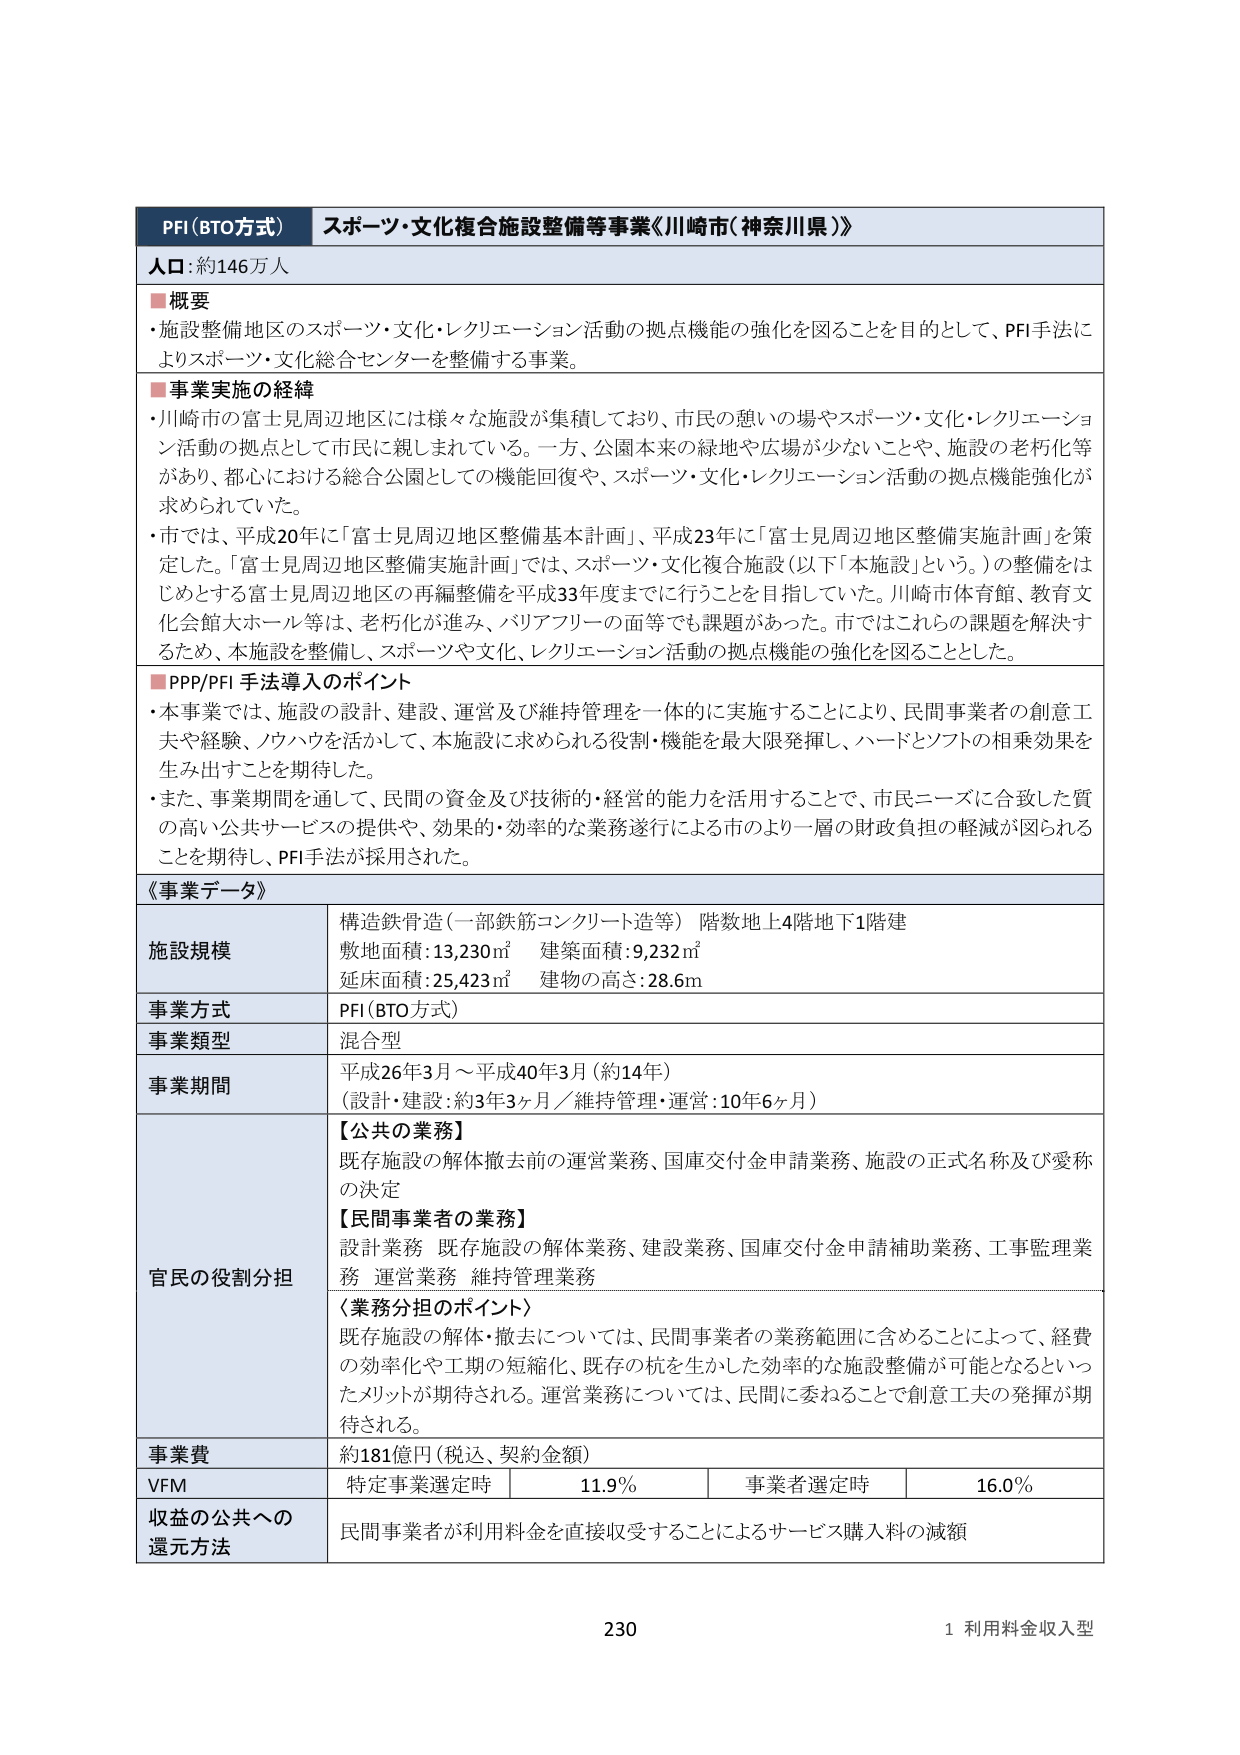
PFI（BTO方式） スポーツ・文化複合施設整備等事業《川崎市（神奈川県）》
人口：約146万人
■概要
・施設整備地区のスポーツ・文化・レクリエーション活動の拠点機能の強化を図ることを目的として、PFI手法によりスポーツ・文化総合センターを整備する事業。
■事業実施の経緯
・川崎市の富士見周辺地区には様々な施設が集積しており、市民の憩いの場やスポーツ・文化・レクリエーション活動の拠点として市民に親しまれている。一方、公園本来の緑地や広場が少ないことや、施設の老朽化等があり、都心における総合公園としての機能回復や、スポーツ・文化・レクリエーション活動の拠点機能強化が求められていた。
・市では、平成20年に「富士見周辺地区整備基本計画」、平成23年に「富士見周辺地区整備実施計画」を策定した。「富士見周辺地区整備実施計画」では、スポーツ・文化複合施設（以下「本施設」という。）の整備をはじめとする富士見周辺地区の再編整備を平成33年度までに行うことを目指していた。川崎市体育館、教育文化会館大ホール等は、老朽化が進み、バリアフリーの面等でも課題があった。市ではこれらの課題を解決するため、本施設を整備し、スポーツや文化、レクリエーション活動の拠点機能の強化を図ることとした。
■PPP/PFI手法導入のポイント
・本事業では、施設の設計、建設、運営及び維持管理を一体的に実施することにより、民間事業者の創意工夫や経験、ノウハウを活かして、本施設に求められる役割・機能を最大限発揮し、ハードとソフトの相乗効果を生み出すことを期待した。
・また、事業期間を通じて、民間の資金及び技術的・経営的能力を活用することで、市民ニーズに合致した質の高い公共サービスの提供や、効果的・効率的な業務遂行による市のより一層の財政負担の軽減が図られることを期待し、PFI手法が採用された。
《事業データ》
施設規模 構造鉄骨造（一部鉄筋コンクリート造等） 階数地上4階地下1階建
敷地面積：13,230㎡ 建築面積：9,232㎡
延床面積：25,423㎡ 建物の高さ：28.6m
事業方式 PFI（BTO方式）
事業類型 混合型
事業期間 平成26年3月～平成40年3月（約14年）
（設計・建設：約3年3ヶ月／維持管理・運営：10年6ヶ月）
官民の役割分担 【公共の業務】
既存施設の解体撤去前の運営業務、国庫交付金申請業務、施設の正式名称及び愛称の決定
【民間事業者の業務】
設計業務 既存施設の解体業務、建設業務、国庫交付金申請補助業務、工事監理業務 運営業務 維持管理業務
〈業務分担のポイント〉
既存施設の解体・撤去については、民間事業者の業務範囲に含めることによって、経費の効率化や工期の短縮化、既存の杭を生かした効率的な施設整備が可能となるといったメリットが期待される。運営業務については、民間に委ねることで創意工夫の発揮が期待される。
事業費 約181億円（税込、契約金額）
VFM 特定事業選定時 11.9％ 事業者選定時 16.0％
収益の公共への還元方法 民間事業者が利用料金を直接収受することによるサービス購入料の減額
230 1 利用料金収入型